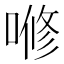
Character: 𭉫